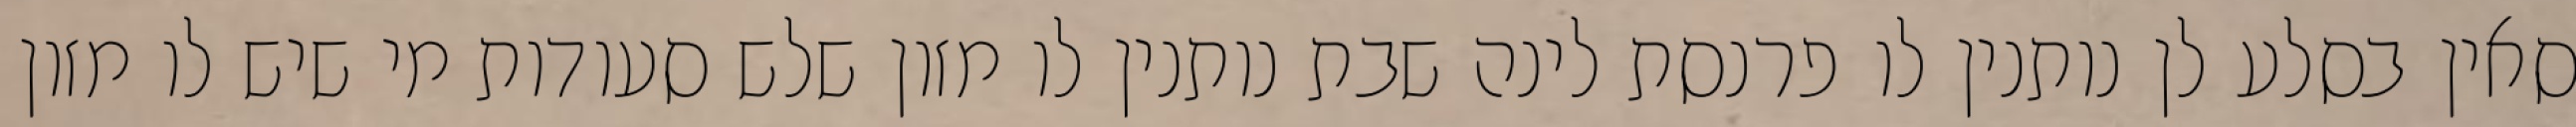
סאין בסלע לן נותנין לו פרנסת לינה שבת נותנין לו מזון שלש סעודות מי שיש לו מזון